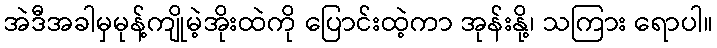
အဲဒီအခါမှမုန့်ကျိုမဲ့အိုးထဲကို ပြောင်းထဲ့ကာ အုန်းနို့၊ သကြား ရောပါ။